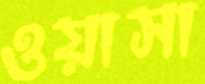
ওয়াসা